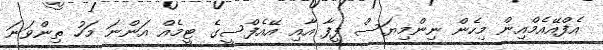
އެފްއޭއެމްއިން މިހެން ނިންމިޔަސް ފީފާ އާއި އޭއެފްސީގެ ޓީމެއް އަންނަ މަހު ތިންވަނަ